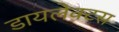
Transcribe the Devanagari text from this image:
डायलेक्टस